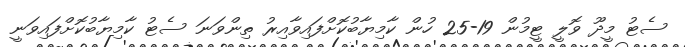
ސެޓު މީދޫ ވޮލީ ޓީމުން 19-25 ހުން ކާމިޔާބުކޮށްފައިވާއިރު ތިންވަނަ ސެޓު ކާމިޔާބުކޮށްފައިވަނީ